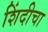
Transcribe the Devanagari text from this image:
शिंदीचा